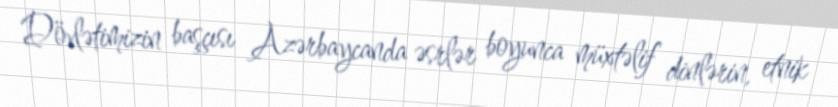
Dövlətimizin başçısı Azərbaycanda əsrlər boyunca müxtəlif dinlərin, etnik